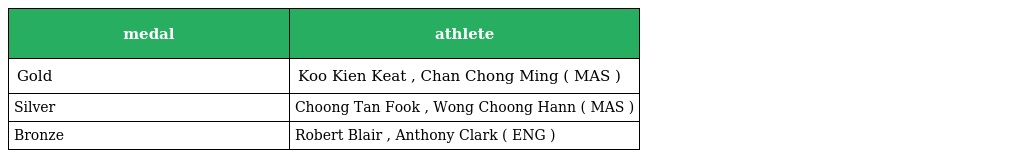
| medal | athlete |
 | --- | --- |
 | Gold | Koo Kien Keat , Chan Chong Ming ( MAS ) |
 | Silver | Choong Tan Fook , Wong Choong Hann ( MAS ) |
 | Bronze | Robert Blair , Anthony Clark ( ENG ) |